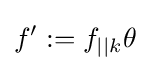
f':=f_{||k}\theta